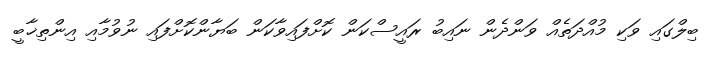
ބިލްގައި ވަކި މުއްދަތެއް ވަންދެން ނައިބު ރައީސްކަން ކޮށްފައިވާކަން ބަޔާންކޮށްފައި ނުވުމާއި އިންތިޚާބީ